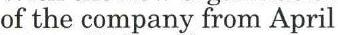
of the company from April